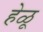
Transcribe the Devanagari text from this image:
हेळू